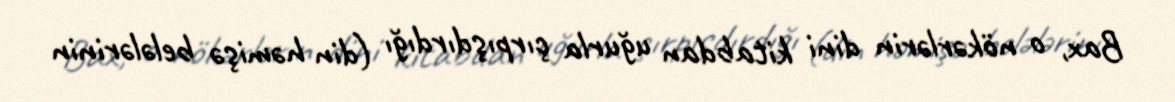
Bax, o nökərlərin dini kitabdan uğurla çırpışdırdığı (din həmişə belələrinin